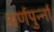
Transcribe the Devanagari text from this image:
अर्णपुर्न्ना